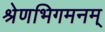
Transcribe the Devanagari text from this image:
श्रेणभिगमनम्